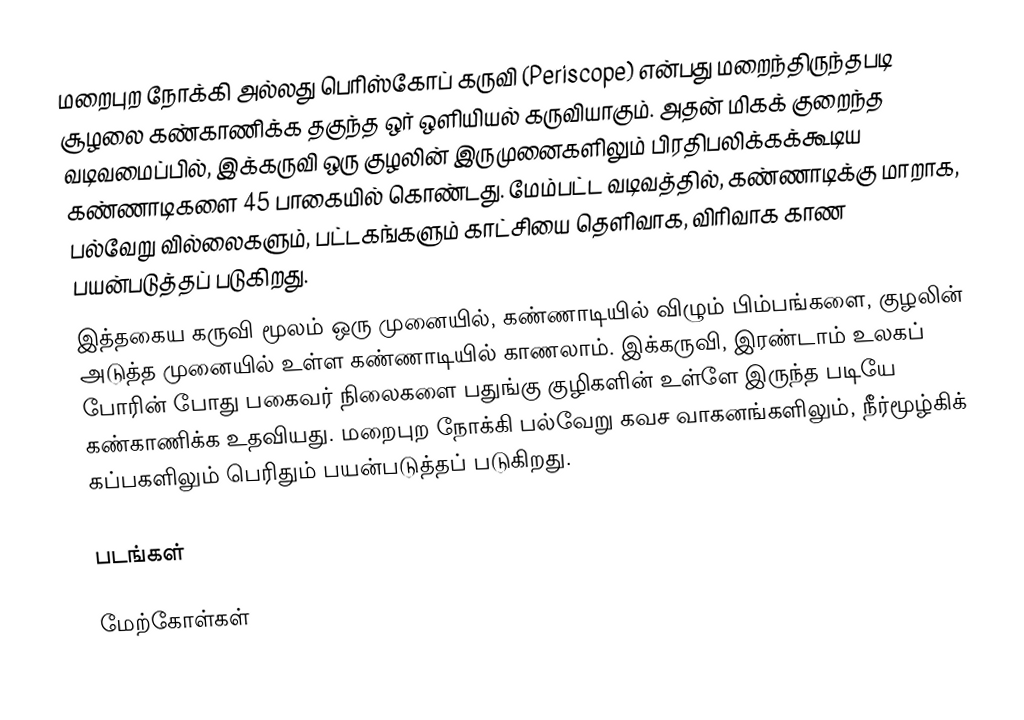
மறைபுற நோக்கி அல்லது பெரிஸ்கோப் கருவி (Periscope) என்பது மறைந்திருந்தபடி சூழலை கண்காணிக்க தகுந்த ஒர் ஒளியியல் கருவியாகும். அதன் மிகக் குறைந்த வடிவமைப்பில், இக்கருவி ஒரு குழலின் இருமுனைகளிலும் பிரதிபலிக்கக்கூடிய கண்ணாடிகளை 45 பாகையில் கொண்டது. மேம்பட்ட வடிவத்தில், கண்ணாடிக்கு மாறாக, பல்வேறு வில்லைகளும், பட்டகங்களும் காட்சியை தெளிவாக, விரிவாக காண பயன்படுத்தப் படுகிறது.
இத்தகைய கருவி மூலம் ஒரு முனையில், கண்ணாடியில் விழும் பிம்பங்களை, குழலின் அடுத்த முனையில் உள்ள கண்ணாடியில் காணலாம். இக்கருவி, இரண்டாம் உலகப் போரின் போது பகைவர் நிலைகளை பதுங்கு குழிகளின் உள்ளே இருந்த படியே கண்காணிக்க உதவியது. மறைபுற நோக்கி பல்வேறு கவச வாகனங்களிலும், நீர்மூழ்கிக் கப்பகளிலும் பெரிதும் பயன்படுத்தப் படுகிறது.

படங்கள்

மேற்கோள்கள்